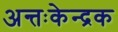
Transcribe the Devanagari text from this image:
अन्तःकेन्द्रक